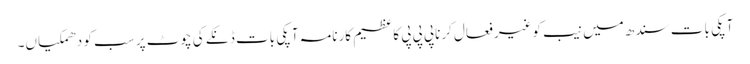
آپکی بات سندھ میں نیب کوغیرفعال کرناپی پی پی کاعظیم کارنامہ آپکی بات ڈنکے کی چوٹ پر سب کو دھمکیاں۔